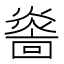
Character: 𤎭